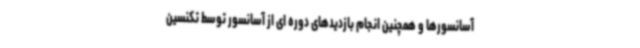
آسانسورها و همچنین انجام بازدیدهای دوره ای از آسانسور توسط تکنسین